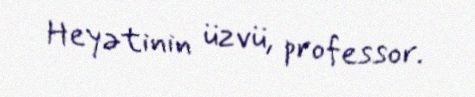
Heyətinin üzvü, professor.